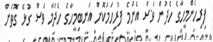
ފިރިހެންމީހާގެ ހެދުން ވެސް އެންމެ ފުރިހަމަކޮށް އަނބިމީހާގެ ހެދުމާ ވެސް ގުޅޭ ގޮތަށް